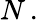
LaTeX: N\, .